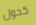
كحول